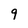
Character: 9